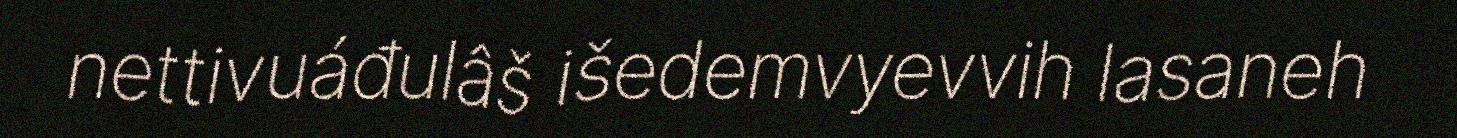
nettivuáđulâš išedemvyevvih lasaneh